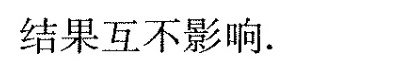
结果互不影响。